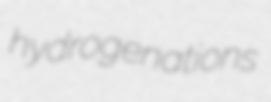
hydrogenations